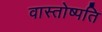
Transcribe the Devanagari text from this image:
वास्तोष्पति